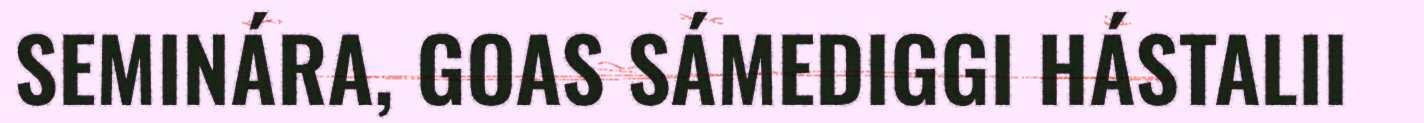
SEMINÁRA, GOAS SÁMEDIGGI HÁSTALII